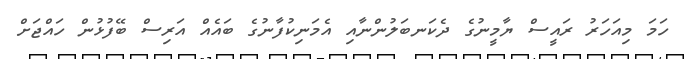
ހަމަ މިއަހަރު ރައީސް ޔާމީނުގެ ދެކަނބަލުންނާއި އެމަނިކުފާނުގެ ބައެއް އަރިސް ބޭފުޅުން ހައްޖަށް